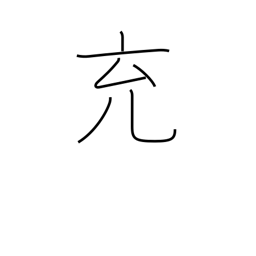
Meaning: fill